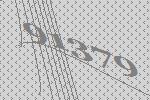
91379